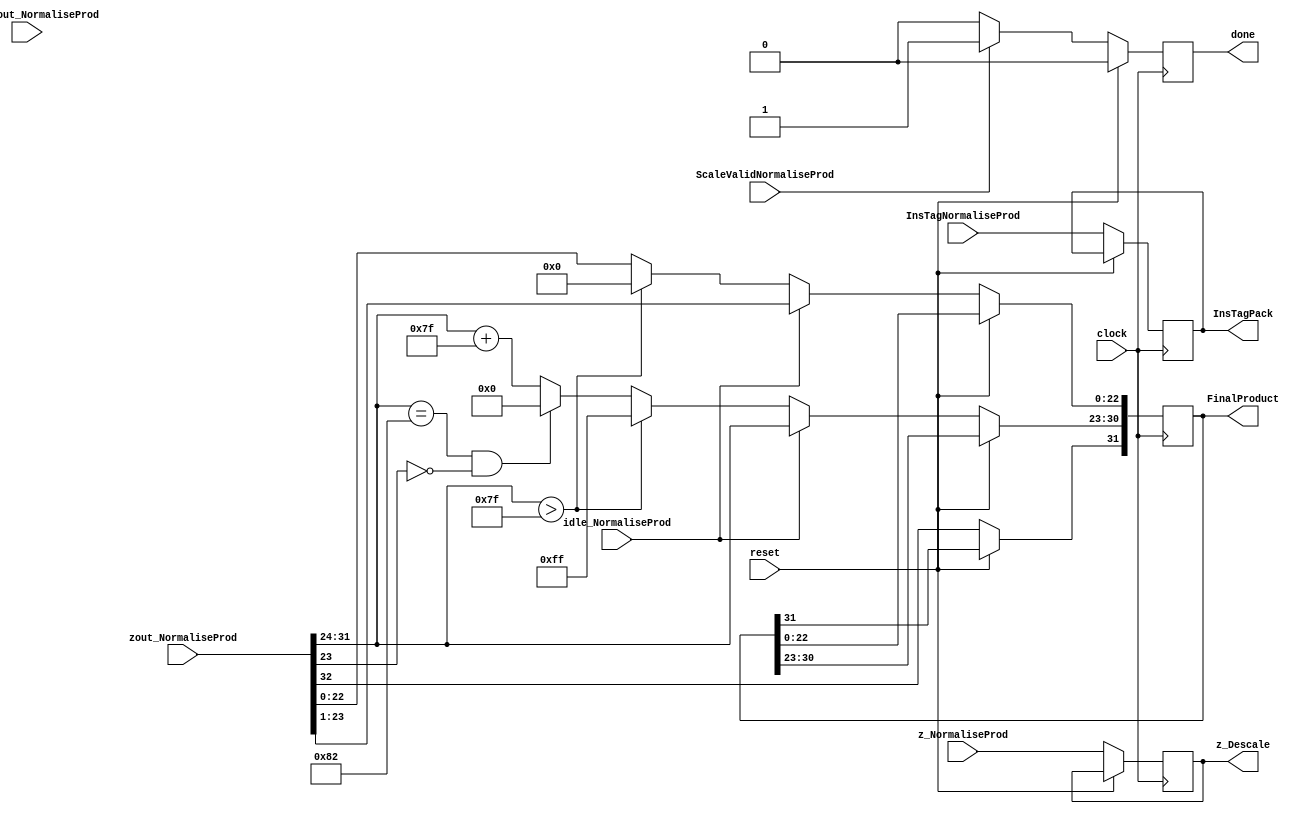
`timescale 1ns / 1ps
//////////////////////////////////////////////////////////////////////////////////
// Company: 
// Engineer: 
// 
// Design Name: 
// Module Name:    Pack_z_descale 
// Project Name: 
// Target Devices: 
// Tool versions: 
// Description: 
//
// Dependencies: 
//
// Revision: 
// Revision 0.01 - File Created
// Additional Comments: 
//
//////////////////////////////////////////////////////////////////////////////////
module Pack_z_descale(
	input idle_NormaliseProd,
	input [32:0] zout_NormaliseProd,
	input [49:0] productout_NormaliseProd,
	input [7:0] InsTagNormaliseProd,
	input ScaleValidNormaliseProd,
	input [31:0] z_NormaliseProd,
	input reset,
	input clock,
	output reg done = 1'b0,
	output reg [31:0] FinalProduct,
	output reg [7:0] InsTagPack,
	output reg [31:0] z_Descale
    );

parameter no_idle = 1'b0,
			 put_idle = 1'b1;

wire z_sign;
wire [7:0] z_exponent;
wire [26:0] z_mantissa;

assign z_sign = zout_NormaliseProd[32];
assign z_exponent = zout_NormaliseProd[31:24];
assign z_mantissa = {zout_NormaliseProd[23:0]};

always @ (posedge clock)
begin
	
	if(reset == 1'b1) begin
		done <= 1'b0;
	end
	
	else begin
	z_Descale <= z_NormaliseProd;
	InsTagPack <= InsTagNormaliseProd;
	
	if(ScaleValidNormaliseProd == 1'b1) begin
		done <= 1'b1;
	end
	else begin
		done <= 1'b0;
	end
	
	if (idle_NormaliseProd == no_idle)
	begin
        FinalProduct[22 : 0] <= z_mantissa[22:0];
        FinalProduct[30 : 23] <= z_exponent[7:0] + 127;
        FinalProduct[31] <= z_sign;
        if ($signed(z_exponent) == -126 && z_mantissa[23] == 0) begin
          FinalProduct[30 : 23] <= 0;
        end
        //if overflow occurs, return inf
        if ($signed(z_exponent) > 127) begin
          FinalProduct[22 : 0] <= 0;
          FinalProduct[30 : 23] <= 255;
          FinalProduct[31] <= z_sign;
        end
	end
	
	else begin
		FinalProduct <= zout_NormaliseProd[32:1];
	end
	
	end
end

endmodule